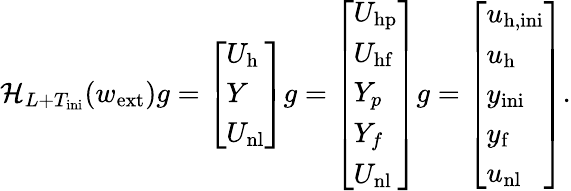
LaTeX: \mathcal{H}_{L+T_{\mathrm{ini}}}(w_{\mathrm{ext}})g=\left[\begin{array}{l}{U_{\mathrm{h}}}\\ {Y}\\ {U_{\mathrm{nl}}}\end{array}\right]g=\left[\begin{array}{l}{U_{\mathrm{hp}}}\\ {U_{\mathrm{hf}}}\\ {Y_{p}}\\ {Y_{f}}\\ {U_{\mathrm{nl}}}\end{array}\right]g=\left[\begin{array}{l}{u_{\mathrm{h,ini}}}\\ {u_{\mathrm{h}}}\\ {y_{\mathrm{ini}}}\\ {y_{\mathrm{f}}}\\ {u_{\mathrm{nl}}}\end{array}\right].